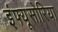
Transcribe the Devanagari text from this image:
इंफ्यूसोरिया